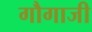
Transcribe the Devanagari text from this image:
गौगाजी